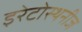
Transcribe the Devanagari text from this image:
इरेटोस्थनीज